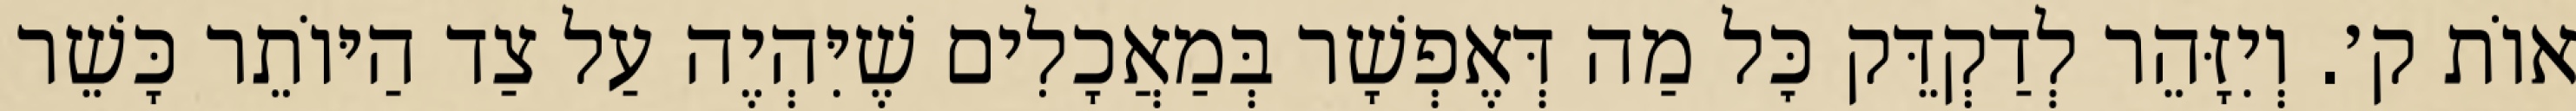
אוֹת ק׳. וְיִזָּהֵר לְדַקְדֵּק כׇּל מַה דְּאֶפְשָׁר בְּמַאֲכָלִים שֶׁיִּהְיֶה עַל צַד הַיּוֹתֵר כָּשֵׁר